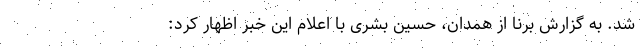
شد. به گزارش برنا از همدان، حسین بشری با اعلام این خبر اظهار کرد: